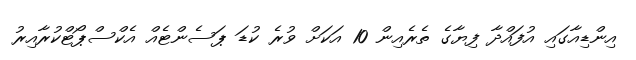
އިންޑިއާގައި އުފައްދާ ފިޔާގެ ތެރެއިން 10 އަކަށް ވުރެ ކުޑަ ޕަސެންޓެއް އެކްސްޕޯޓްކުރާއިރު